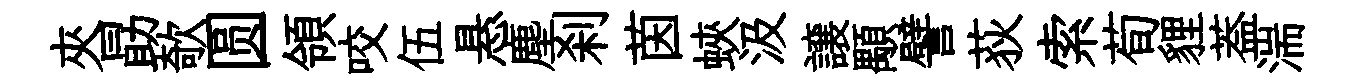
夾勗欹圆領咬伍悬塵刹茵蛺汲譲顒譬荻索荀貍葢湍